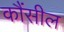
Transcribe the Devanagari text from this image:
कौंसील